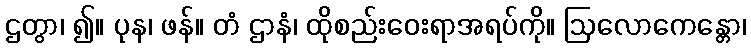
ဌတွာ၊ ၍။ ပုန၊ ဖန်။ တံ ဌာနံ၊ ထိုစည်းဝေးရာအရပ်ကို။ ဩလောကေန္တော၊